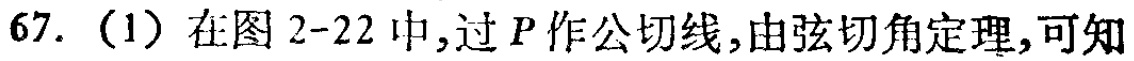
67.（1）在图2-22中,过\(P\)作公切线,由弦切角定理,可知